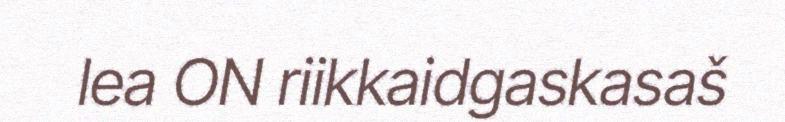
lea ON riikkaidgaskasaš